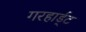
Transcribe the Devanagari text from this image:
गरहार्ड्‌ट